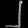
Digit: ၂